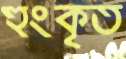
হুংকৃত